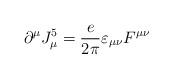
LaTeX: \begin{align*}\partial^\mu J^5_\mu = {\frac{e}{2\pi}}\varepsilon_{\mu\nu}F^{\mu\nu} \end{align*}